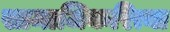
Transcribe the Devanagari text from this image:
सामाजिकरित्या